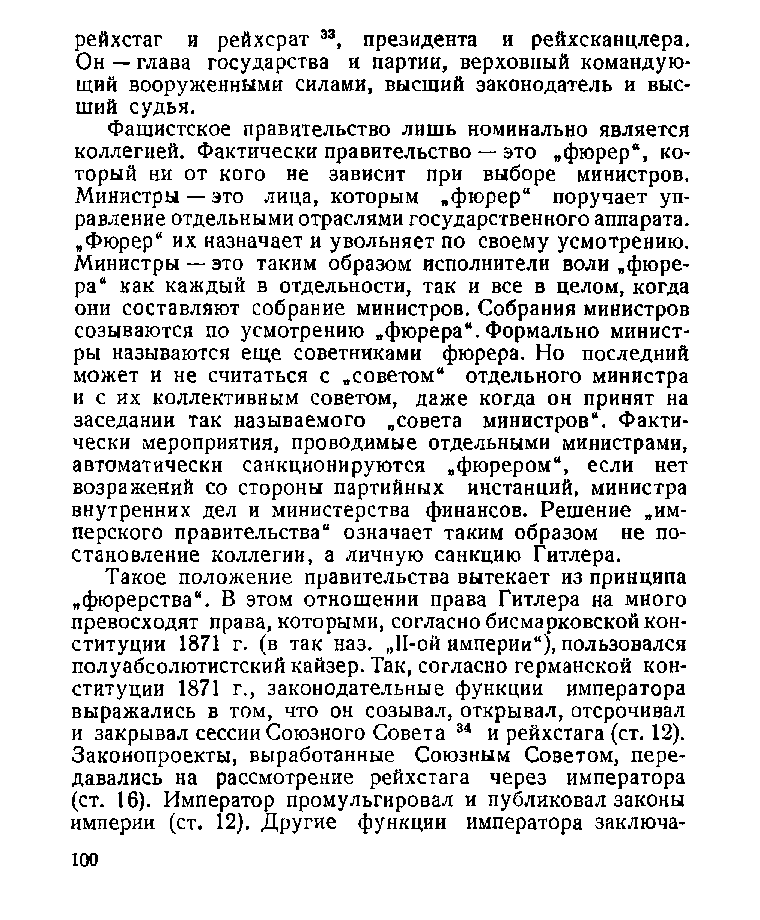
рейхстаг и рейхсрат 33, президента и рейхсканцлера.
 Он — глава государства и партии, верховный командую­
 щий вооруженными силами, высший законодатель и выс­
 ший судья.
 Фашистское правительство лишь номинально является
 коллегией. Фактически правительство — это „фюрер“, ко­
 торый ни от кого не зависит при выборе министров.
 Министры — это лица, которым „фюрер“ поручает уп­
 равление отдельными отраслями государственного аппарата.
 „Фюрер“ их назначает и увольняет по своему усмотрению.
 Министры — это таким образом исполнители воли „фюре­
 ра“ как каждый в отдельности, так и все в целом, когда
 они составляют собрание министров. Собрания министров
 созываются по усмотрению „фюрера“. Формально минист­
 ры называются еще советниками фюрера. Но последний
 может и не считаться с „советом“ отдельного министра
 и с их коллективным советом, даже когда он принят на
 заседании так называемого „совета министров“. Факти­
 чески мероприятия, проводимые отдельными министрами,
 автоматически санкционируются „фюрером“, если нет
 возражений со стороны партийных инстанций, министра
 внутренних дел и министерства финансов. Решение „им­
 перского правительства“ означает таким образом не по­
 становление коллегии, а личную санкцию Гитлера.
 Такое положение правительства вытекает из принципа
 „фюрерства“. В этом отношении права Гитлера на много
 превосходят права, которыми, согласно бисмарковской кон­
 ституции 1871 г. (в так наз. „Н-ой империи“), пользовался
 полуабсолютистский кайзер. Так, согласно германской кон­
 ституции 1871 г., законодательные функции императора
 выражались в том, что он созывал, открывал, отсрочивал
 и закрывал сессии Союзного Совета 34 и рейхстага (ст. 12).
 Законопроекты, выработанные Союзным Советом, пере­
 давались на рассмотрение рейхстага через императора
 (ст. 16). Император промульгировал и публиковал законы
 империи (ст. 12). Другие функции императора заключа­
 100